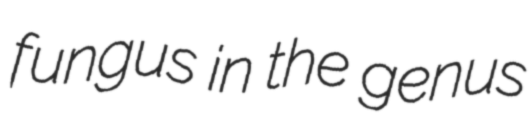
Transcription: fungus in the genus